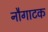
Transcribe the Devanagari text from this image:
नौगाटक